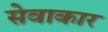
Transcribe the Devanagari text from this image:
सेवाकार